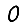
Digit: 0